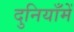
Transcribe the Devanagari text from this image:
दुनियाँमें